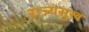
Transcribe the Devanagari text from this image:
राज्यसुख